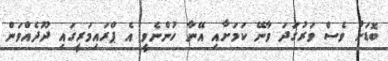
ބޮޑަށް ވެސް ވަރުގަދަ ވާނޭ ކަމަށާއި އޭނާ ހުންނެވީ އެ ޕްރައިމަރީގައި ދޫދެއްވަން